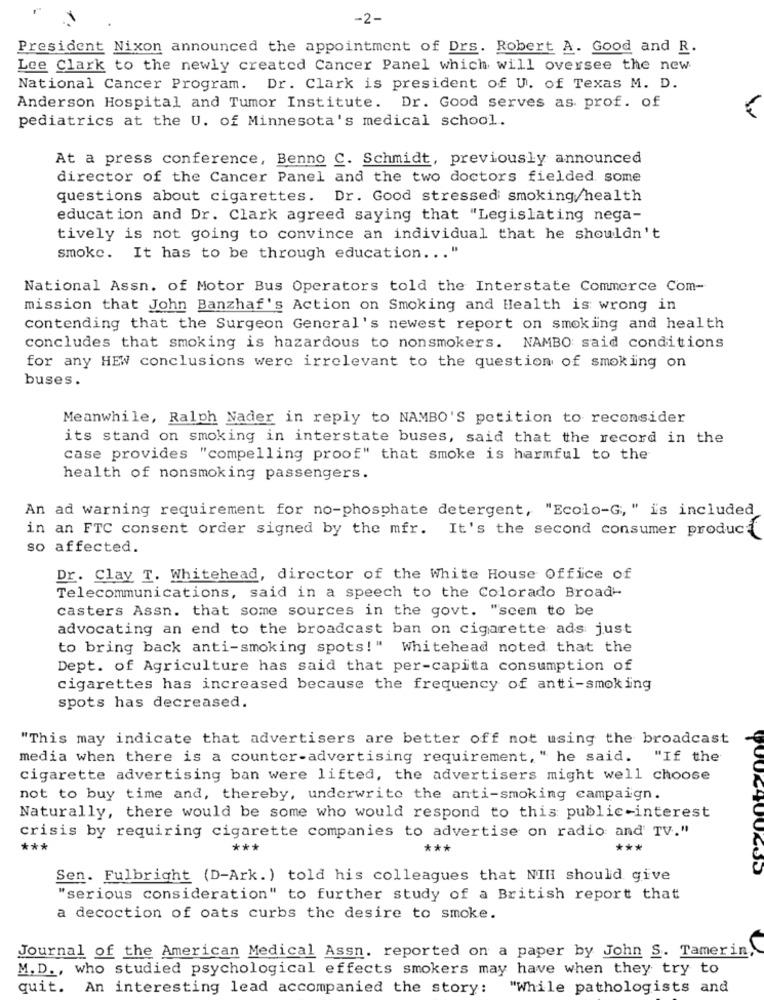
-2-
President Nixon announced the appointment of Drs. Robert A. Good and R.
Lee Clark to the newly created Cancer Panel which will oversee the new
National Cancer Program. Dr. Clark is president of U. of Texas M. D.
Anderson Hospital and Tumor Institute. Dr. Good serves as prof. of
pediatrics at the U. of Minnesota's medical school.
At a press conference, Benno C. Schmidt, previously announced
director of the Cancer Panel and the two doctors fielded some
questions about cigarettes. Dr. Good stressed smoking/health
education and Dr. Clark agreed saying that "Legislating nega-
tively is not going to convince an individual that he shouldn't
smoke. It has to be through education ... "
National Assn. of Motor Bus Operators told the Interstate Commerce Com-
mission that John Banzhaf's Action on Smoking and Health is wrong in
contending that the Surgeon General's newest report on smoking and health
concludes that smoking is hazardous to nonsmokers. NAMBO said conditions
for any HEW conclusions were irrelevant to the question of smoking on
buses .
Meanwhile, Ralph Nader in reply to NAMBO'S petition to reconsider
its stand on smoking in interstate buses, said that the record in the
case provides "compelling proof" that smoke is harmful to the
health of nonsmoking passengers.
An ad warning requirement for no-phosphate detergent, "Ecolo-G, " is included
in an FTC consent order signed by the mfr. It's the second consumer product
so affected.
Dr. Clay T. Whitehead, director of the White House Office of
Telecommunications, said in a speech to the Colorado Broad-
casters Assn. that some sources in the govt. "seem to be
advocating an end to the broadcast ban on cigarette ads just
to bring back anti-smoking spots!" Whitehead noted that the
Dept. of Agriculture has said that per-capita consumption of
cigarettes has increased because the frequency of anti-smoking
spots has decreased.
"This may indicate that advertisers are better off not using the broadcast
media when there is a counter-advertising requirement, " he said. "If the
cigarette advertising ban were lifted, the advertisers might well choose
not to buy time and, thereby, underwrite the anti-smoking campaign.
Naturally, there would be some who would respond to this public-interest
crisis by requiring cigarette companies to advertise on radio and' TV."
***
***
***
***
Sen. Fulbright (D-Ark.) told his colleagues that NIH should give
"serious consideration" to further study of a British report that
a decoction of oats curbs the desire to smoke.
Journal of the American Medical Assn. reported on a paper by John S. Tamerin,
M.D ., who studied psychological effects smokers may have when they try to
quit.
An interesting lead accompanied the story:
"While pathologists and